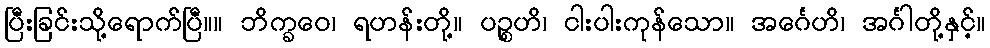
ပြီးခြင်းသို့ရောက်ပြီ။။ ဘိက္ခဝေ၊ ရဟန်းတို့။ ပဉ္စဟိ၊ ငါးပါးကုန်သော။ အင်္ဂေဟိ၊ အင်္ဂါတို့နှင့်။